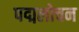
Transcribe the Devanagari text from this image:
पद्मलोचन